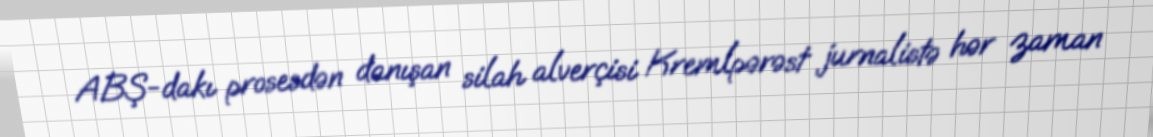
ABŞ-dakı prosesdən danışan silah alverçisi Kremlpərəst jurnalistə hər zaman